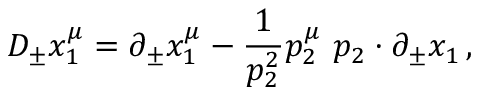
D _ { \pm } x _ { 1 } ^ { \mu } = \partial _ { \pm } x _ { 1 } ^ { \mu } - \frac 1 { p _ { 2 } ^ { 2 } } p _ { 2 } ^ { \mu } \, \, p _ { 2 } \cdot \partial _ { \pm } x _ { 1 } \, ,